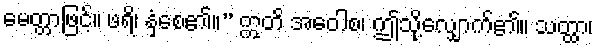
မေတ္တာဖြင့်။ ဖရိ၊ နှံ့စေ၏။” ဣတိ အဝေါစ၊ ဤသို့လျှောက်၏။ သတ္ထာ၊